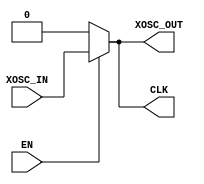
/*
Copyright (c) 2019 Alibaba Group Holding Limited

Permission is hereby granted, free of charge, to any person obtaining a copy of this software and associated documentation files (the "Software"), to deal in the Software without restriction, including without limitation the rights to use, copy, modify, merge, publish, distribute, sublicense, and/or sell copies of the Software, and to permit persons to whom the Software is furnished to do so, subject to the following conditions:

The above copyright notice and this permission notice shall be included in all copies or substantial portions of the Software.

THE SOFTWARE IS PROVIDED "AS IS", WITHOUT WARRANTY OF ANY KIND, EXPRESS OR IMPLIED, INCLUDING BUT NOT LIMITED TO THE WARRANTIES OF MERCHANTABILITY, FITNESS FOR A PARTICULAR PURPOSE AND NONINFRINGEMENT. IN NO EVENT SHALL THE AUTHORS OR COPYRIGHT HOLDERS BE LIABLE FOR ANY CLAIM, DAMAGES OR OTHER LIABILITY, WHETHER IN AN ACTION OF CONTRACT, TORT OR OTHERWISE, ARISING FROM, OUT OF OR IN CONNECTION WITH THE SOFTWARE OR THE USE OR OTHER DEALINGS IN THE SOFTWARE.

*/
module PAD_OSC_IO(
    EN    ,
    XOSC_OUT    ,
    XOSC_IN,
    CLK
);

input    EN;
input    XOSC_IN;
output   XOSC_OUT;
output   CLK;

assign CLK = EN ? XOSC_IN : 1'b0;
assign XOSC_OUT = EN ? XOSC_IN : 1'b0;

endmodule